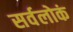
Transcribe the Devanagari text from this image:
सर्वलोकं